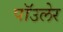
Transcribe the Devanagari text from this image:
पॉउलेर